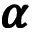
\pmb { \alpha }